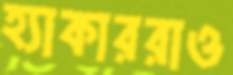
হ্যাকাররাও